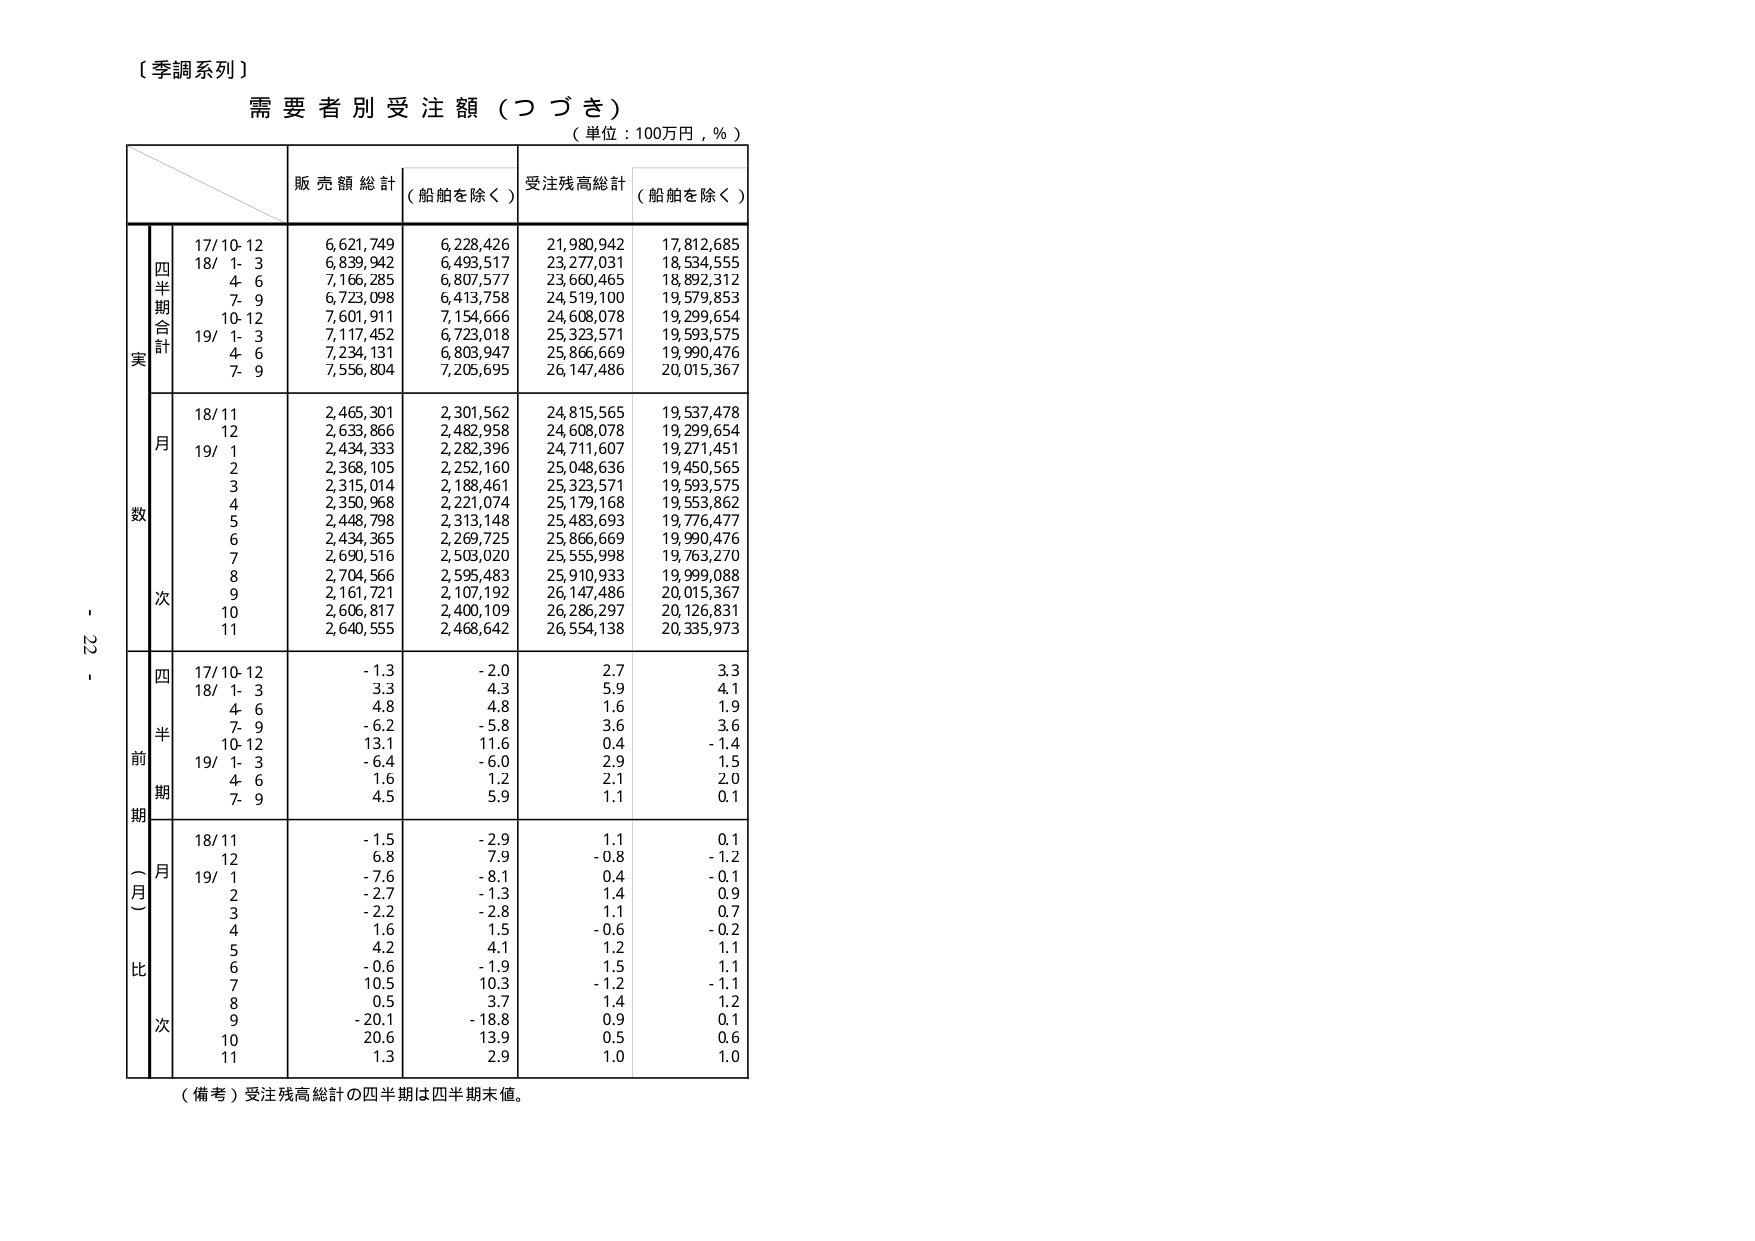
〔季調系列〕
需要者別受注額（つづき）
（単位：100万円，％）

販売額総計 （船舶を除く）
受注残高総計 （船舶を除く）

実数
四半期合計
17/10-12 6,621,749 6,228,426 21,980,942 17,812,685
18/ 1- 3 6,839,942 6,493,517 23,277,031 18,534,555
4- 6 7,166,285 6,807,577 23,660,465 18,892,312
7- 9 6,723,098 6,413,758 24,519,100 19,579,853
10-12 7,601,911 7,154,666 24,608,078 19,299,654
19/ 1- 3 7,117,452 6,723,018 25,323,571 19,593,575
4- 6 7,234,131 6,803,947 25,866,669 19,990,476
7- 9 7,556,804 7,205,695 26,147,486 20,015,367

月
18/11 2,465,301 2,301,562 24,815,565 19,537,478
12 2,633,866 2,482,958 24,608,078 19,299,654
19/ 1 2,434,333 2,282,396 24,711,607 19,271,451
2 2,368,105 2,252,160 25,048,636 19,450,565
3 2,315,014 2,188,461 25,323,571 19,593,575
4 2,350,968 2,221,074 25,179,168 19,553,862
5 2,448,798 2,313,148 25,483,693 19,776,477
6 2,434,365 2,269,725 25,866,669 19,990,476
7 2,690,516 2,503,020 25,555,998 19,763,270
8 2,704,566 2,595,483 25,910,933 19,999,088
9 2,161,721 2,107,192 26,147,486 20,015,367
10 2,606,817 2,400,109 26,286,297 20,126,831
11 2,640,555 2,468,642 26,554,138 20,335,973

前期（月）比
四半期
17/10-12 -1.3 -2.0 2.7 3.3
18/ 1- 3 3.3 4.3 5.9 4.1
4- 6 4.8 4.8 1.6 1.9
7- 9 -6.2 -5.8 3.6 3.6
10-12 13.1 11.6 0.4 -1.4
19/ 1- 3 -6.4 -6.0 2.9 1.5
4- 6 1.6 1.2 2.1 2.0
7- 9 4.5 5.9 1.1 0.1

月
18/11 -1.5 -2.9 1.1 0.1
12 6.8 7.9 -0.8 -1.2
19/ 1 -7.6 -8.1 0.4 -0.1
2 -2.7 -1.3 1.4 0.9
3 -2.2 -2.8 1.1 0.7
4 1.6 1.5 -0.6 -0.2
5 4.2 4.1 1.2 1.1
6 -0.6 -1.9 1.5 1.1
7 10.5 10.3 -1.2 -1.1
8 0.5 3.7 1.4 1.2
9 -20.1 -18.8 0.9 0.1
10 20.6 13.9 0.5 0.6
11 1.3 2.9 1.0 1.0

（備考）受注残高総計の四半期は四半期末値。

- 22 -